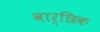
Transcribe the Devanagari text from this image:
वार्छिक